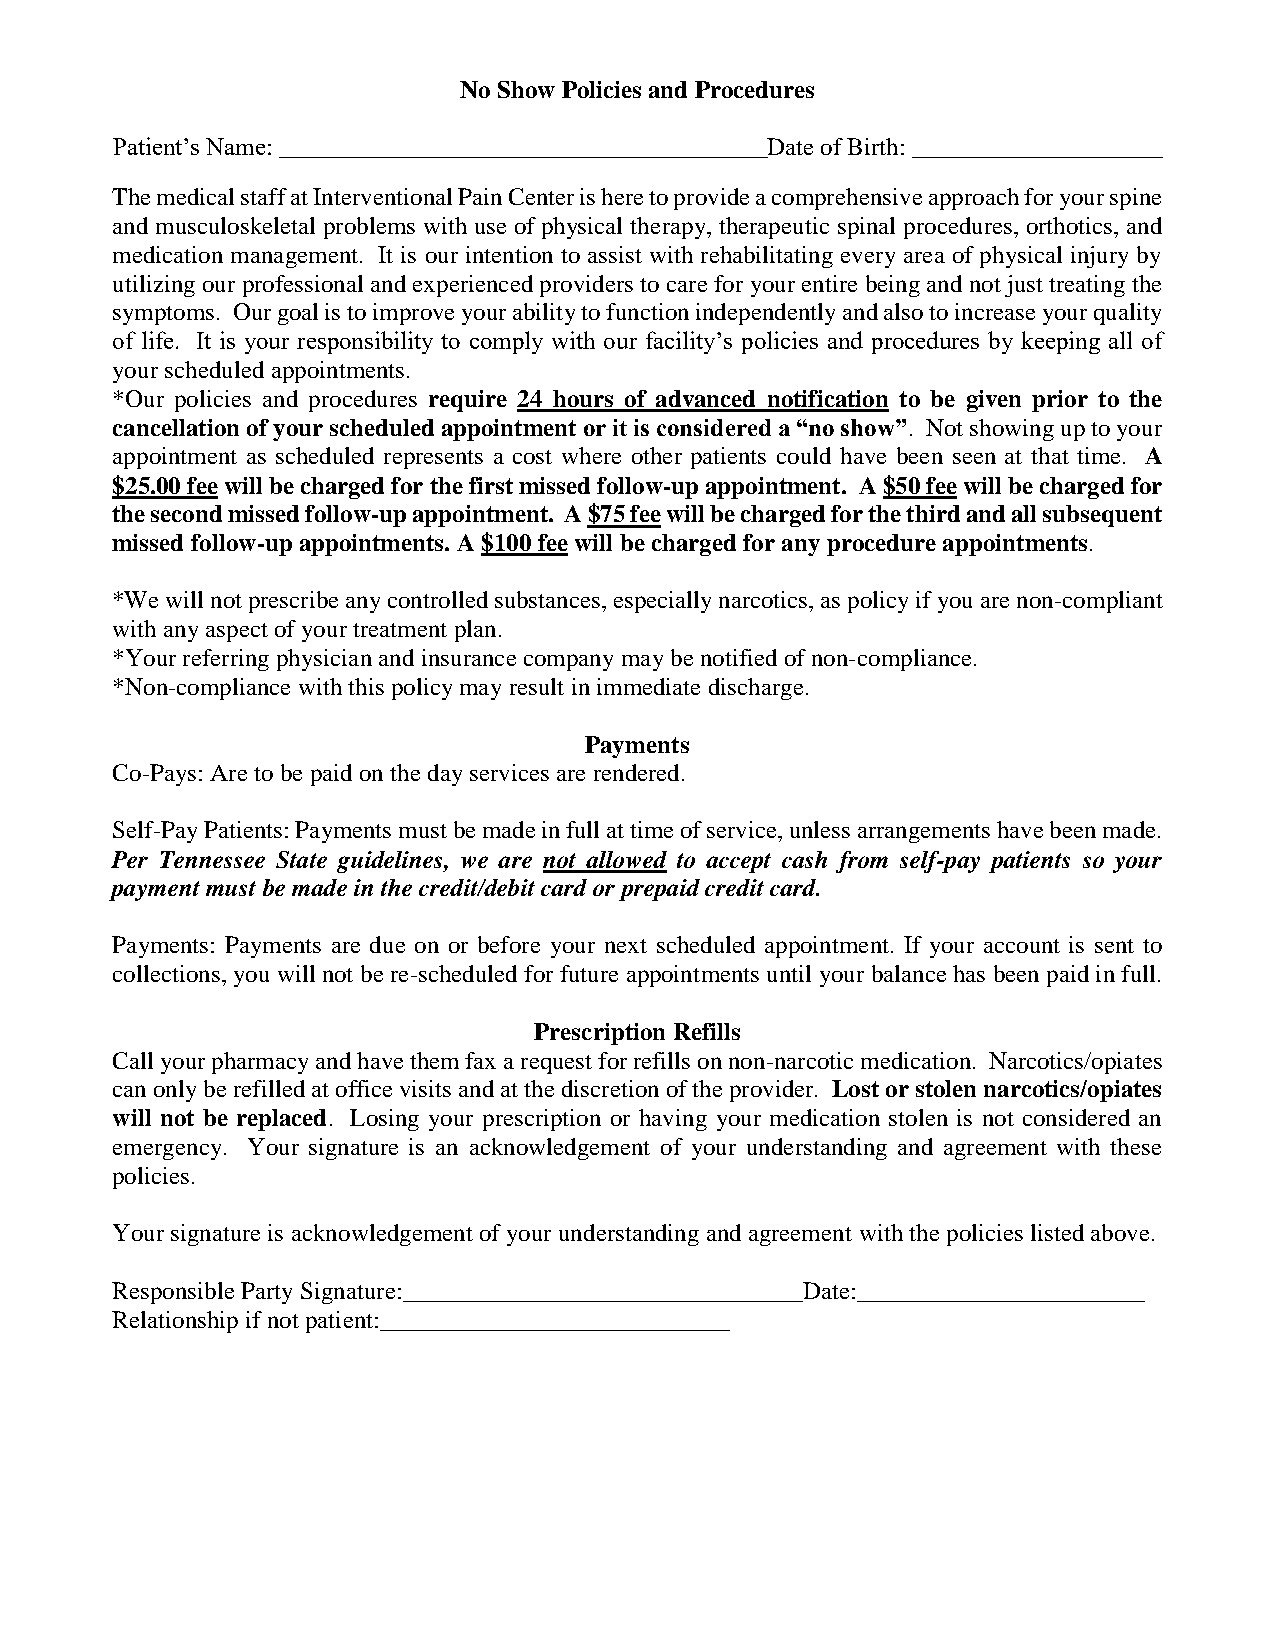
No Show Policies and Procedures
 Patient’s Name: _______________________________________Date of Birth: ____________________
 The medical staff at Interventional Pain Center is here to provide a comprehensive approach for your spine
 and musculoskeletal problems with use of physical therapy, therapeutic spinal procedures, orthotics, and
 medication management. It is our intention to assist with rehabilitating every area of physical injury by
 utilizing our professional and experienced providers to care for your entire being and not just treating the
 symptoms. Our goal is to improve your ability to function independently and also to increase your quality
 of life. It is your responsibility to comply with our facility’s policies and procedures by keeping all of
 your scheduled appointments.
 *Our policies and procedures require 24 hours of advanced notification to be given prior to the
 cancellation of your scheduled appointment or it is considered a “no show”. Not showing up to your
 appointment as scheduled represents a cost where other patients could have been seen at that time. A
 $25.00 fee will be charged for the first missed follow-up appointment. A $50 fee will be charged for
 the second missed follow-up appointment. A $75 fee will be charged for the third and all subsequent
 missed follow-up appointments. A $100 fee will be charged for any procedure appointments.
 *We will not prescribe any controlled substances, especially narcotics, as policy if you are non-compliant
 with any aspect of your treatment plan.
 *Your referring physician and insurance company may be notified of non-compliance.
 *Non-compliance with this policy may result in immediate discharge.
 Payments
 Co-Pays: Are to be paid on the day services are rendered.
 Self-Pay Patients: Payments must be made in full at time of service, unless arrangements have been made.
 Per Tennessee State guidelines, we are not allowed to accept cash from self-pay patients so your
 payment must be made in the credit/debit card or prepaid credit card.
 Payments: Payments are due on or before your next scheduled appointment. If your account is sent to
 collections, you will not be re-scheduled for future appointments until your balance has been paid in full.
 Prescription Refills
 Call your pharmacy and have them fax a request for refills on non-narcotic medication. Narcotics/opiates
 can only be refilled at office visits and at the discretion of the provider. Lost or stolen narcotics/opiates
 will not be replaced. Losing your prescription or having your medication stolen is not considered an
 emergency. Your signature is an acknowledgement of your understanding and agreement with these
 policies.
 Your signature is acknowledgement of your understanding and agreement with the policies listed above.
 Responsible Party Signature:________________________________Date:_______________________
 Relationship if not patient:____________________________